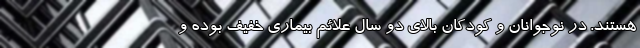
هستند. در نوجوانان و کودکان بالای دو سال علائم بیماری خفیف بوده و